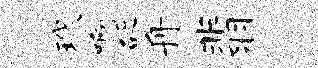
玳啊砭舟翡